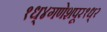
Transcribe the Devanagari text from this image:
१ध्४गणेशपूर१ध्२